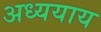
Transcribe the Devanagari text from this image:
अध्ययाय